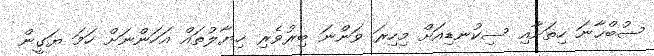
ސުބްޙާނަ ހިތަށާއި ސިކުނޑިއަށް މިހިރަ ވަންނަ ބިރުވެރި ޚިޔާލުތައް އަހަންނަށް ހަމަ ޔަގީން